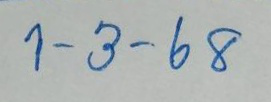
1 - 3 - 68